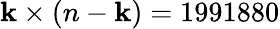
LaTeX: \mathbf{k}\times(n-\mathbf{k})=1991880